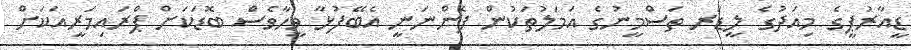
ޑީއާރުޕީގެ މިއަދުގެ ލީޑަރ ތަސްމީނުގެ އަމަލުތަކުން ފެންނަނީ އެބޭފުޅާ ވީހާވެސް ބޮޑަކަށް ޕްރައިމަރީއަކަށް